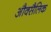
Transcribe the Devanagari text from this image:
औक्सैलिक